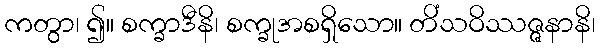
ကတွာ၊ ၍။ စက္ခာဒီနိ၊ စက္ခုအစရှိသော။ တိံသဝိဿဇ္ဇနာနိ၊